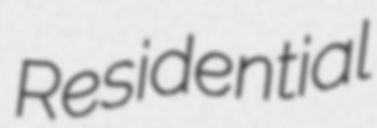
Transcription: Residential